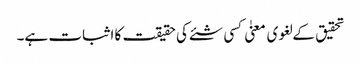
تحقیق کے لغوی معنیٰ کسی شئے کی حقیقت کا اثبات ہے۔